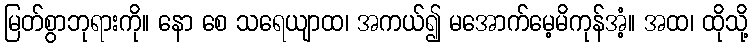
မြတ်စွာဘုရားကို။ နော စေ သရေယျာထ၊ အကယ်၍ မအောက်မေ့မိကုန်အံ့။ အထ၊ ထိုသို့